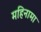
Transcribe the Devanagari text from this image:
महिनामा